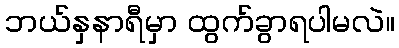
ဘယ်နှနာရီမှာ ထွက်ခွာရပါမလဲ။